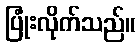
ပြုံးလိုက်သည်။